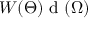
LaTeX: W ( \Theta ) { \textrm { d } } ( \Omega )